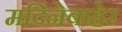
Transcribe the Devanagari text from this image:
मदिनेबाहेर